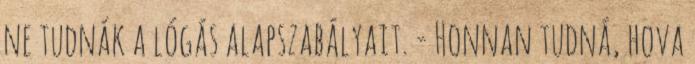
ne tudnák a lógás alapszabályait. - Honnan tudná, hova